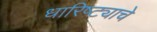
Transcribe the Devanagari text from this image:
धारिष्ट्याचे